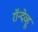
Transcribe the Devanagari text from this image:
रॉन्देव्हू